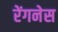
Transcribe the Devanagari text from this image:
रेंगनेस